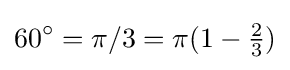
60^{\circ }=\pi /3=\pi (1-{\tfrac {2}{3}})